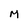
Character: M